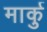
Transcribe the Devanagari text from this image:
मार्कु